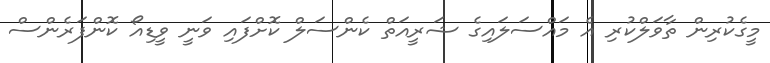
މީގެކުރިން ތާވަލްކުރި އެ މައްސަލައިގެ ޝަރީއަތް ކެންސަލް ކޮށްފައި ވަނީ ވީޑިއޯ ކޮންފަރެންސް